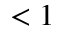
< 1